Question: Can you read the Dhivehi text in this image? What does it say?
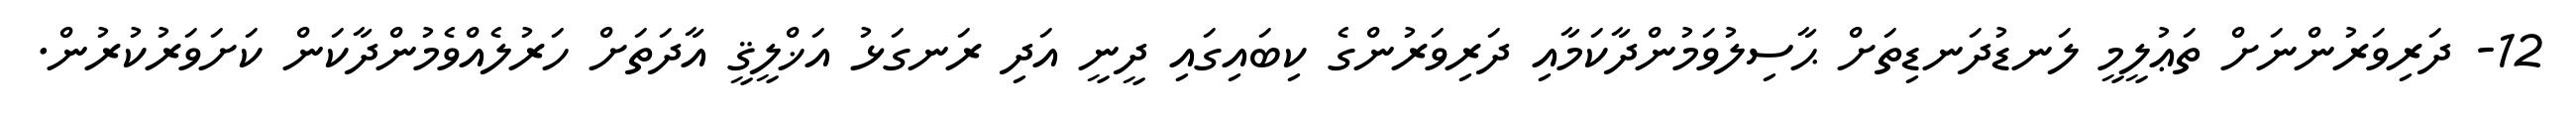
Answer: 12- ދަރިވަރުންނަށް ތަޢުލީމީ ލަނޑުދަނޑިތަށް ޙާސިލުވަމުންދާކަމާއި ދަރިވަރުންގެ ކިބައިގައި ދީނީ އަދި ރަނގަޅު އަޚްލީޤީ އާދަތަށް ހަރުލެއްވެމުންދާކަން ކަށަވަރުކުރުން.